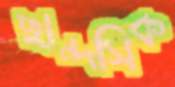
ছান্দসিক